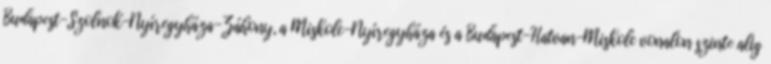
Budapest-Szolnok-Nyíregyháza-Záhony, a Miskolc-Nyíregyháza és a Budapest-Hatvan-Miskolc vonalon szinte alig